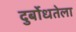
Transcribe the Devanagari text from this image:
दुर्बोधतेला